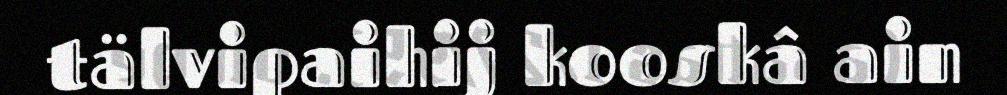
tälvipaihij kooskâ ain